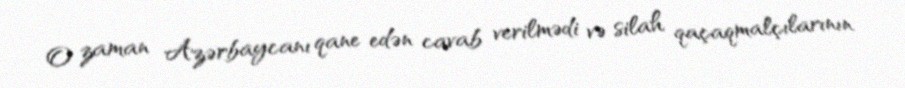
O zaman Azərbaycanı qane edən cavab verilmədi və silah qaçaqmalçılarının